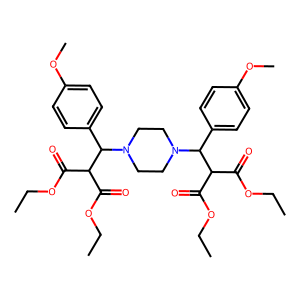
SMILES: CCOC(=O)C(C(=O)OCC)C(c1ccc(OC)cc1)N1CCN(C(c2ccc(OC)cc2)C(C(=O)OCC)C(=O)OCC)CC1
Inhibits HIV replication: No